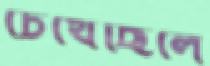
চেখেছিলে